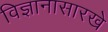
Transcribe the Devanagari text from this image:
विज्ञानासारखे